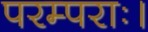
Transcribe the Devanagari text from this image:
परम्पराः।